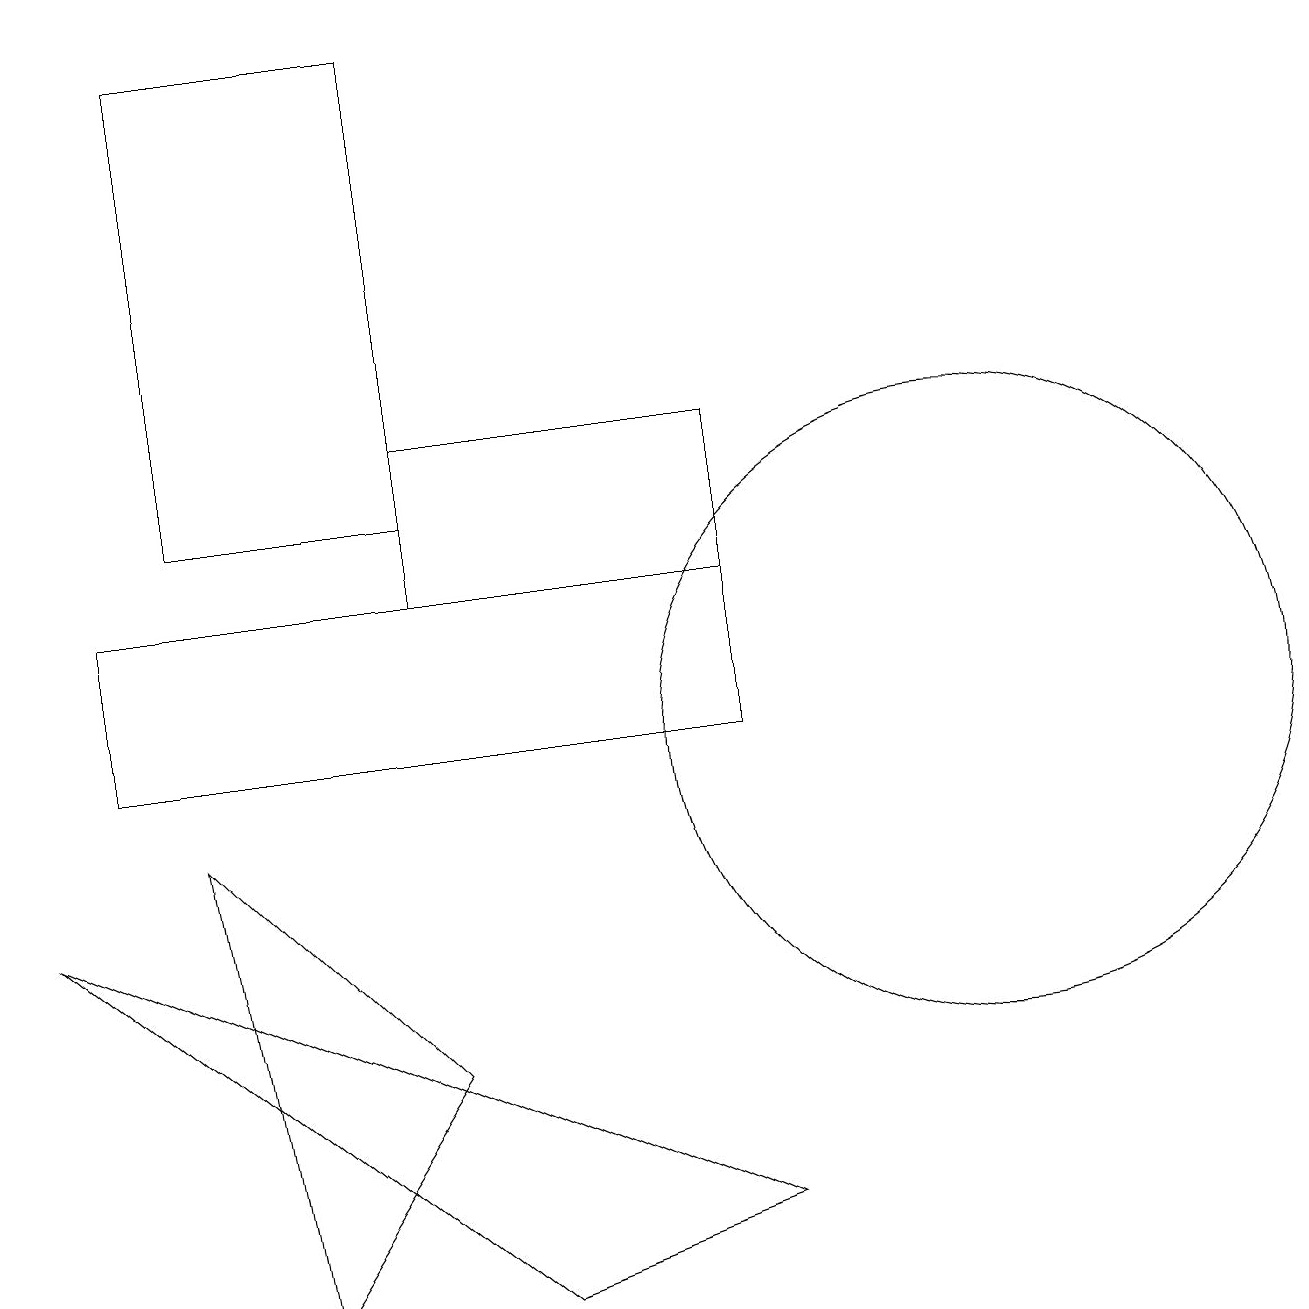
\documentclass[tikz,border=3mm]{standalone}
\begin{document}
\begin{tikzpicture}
\draw (0,8) -- (9,4) -- (6,3) -- cycle;
\draw (3,3) -- (2,9) -- (5,6) -- cycle;
\draw (9,14) rectangle (5,12);
\draw (12,10) circle (4);
\draw (9,10) rectangle (1,12);
\draw (5,13) rectangle (2,19);
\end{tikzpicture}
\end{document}